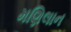
મણિલાન